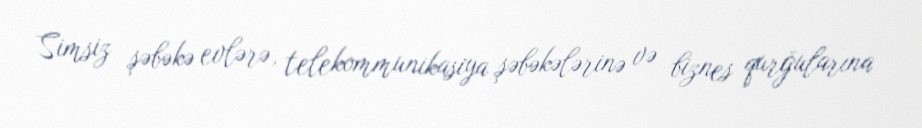
Simsiz şəbəkə evlərə, telekommunikasiya şəbəkələrinə və biznes qurğularına